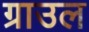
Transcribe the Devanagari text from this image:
ग्राउल